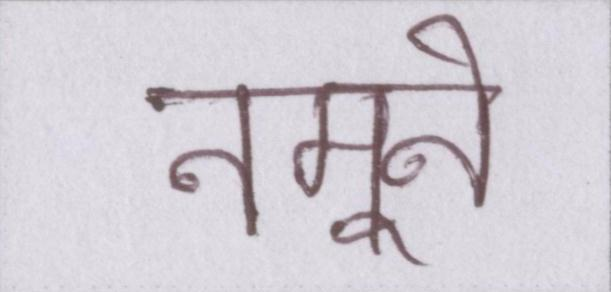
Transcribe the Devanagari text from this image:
नमूने